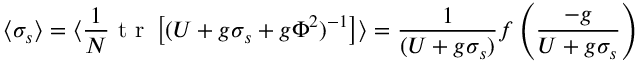
\langle \sigma _ { s } \rangle = \langle { \frac { 1 } { N } } \makebox { t r } \left[ ( U + g \sigma _ { s } + g \Phi ^ { 2 } ) ^ { - 1 } \right] \rangle = { \frac { 1 } { ( U + g \sigma _ { s } ) } } f \left( { \frac { - g } { U + g \sigma _ { s } } } \right)